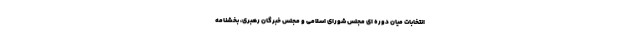
انتخابات میان دوره ای مجلس شورای اسلامی و مجلس خبرگان رهبری، بخشنامه